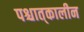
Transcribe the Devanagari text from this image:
पश्चात्‌कालीन